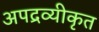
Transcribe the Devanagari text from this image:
अपद्रव्यीकृत